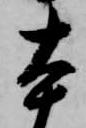
本